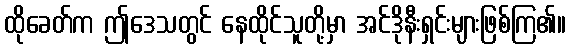
ထိုခေတ်က ဤဒေသတွင် နေထိုင်သူတို့မှာ အင်ဒိုနီးရှင်းများဖြစ်ကြ၏။